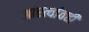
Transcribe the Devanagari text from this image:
आरत्यांतही